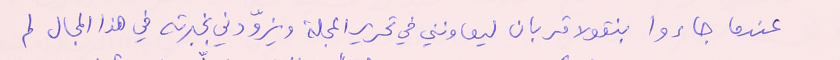
عندما جاءوا بنقولا قربان ليعاونني في تحرير المجلة ويزوّدني بخبرته في هذا المجال لم